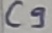
Text: C9